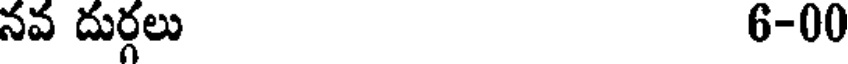
నవ దుర్గలు 6-00